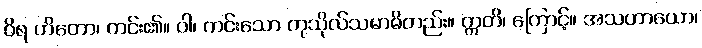
ဝိရ ဟိတော၊ ကင်း၏။ ဝါ၊ ကင်းသော ကုသိုလ်သမာဓိတည်း။ ဣတိ၊ ကြောင့်။ အသဟာယော၊